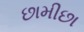
છામીછા